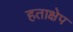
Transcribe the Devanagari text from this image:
हताक्षेप